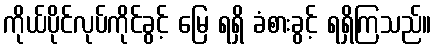
ကိုယ်ပိုင်လုပ်ကိုင်ခွင့် မြေ ရရှိ ခံစားခွင့် ရရှိကြသည်။